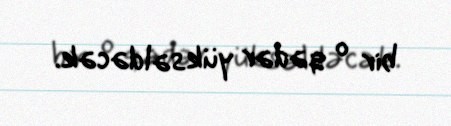
bir o qədər yüksəldəcək.